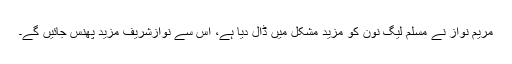
مریم نواز نے مسلم لیگ نون کو مزید مشکل میں ڈال دیا ہے، اس سے نوازشریف مزید پھنس جائیں گے۔